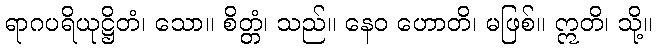
ရာဂပရိယုဋ္ဌိတံ၊ သော။ စိတ္တံ၊ သည်။ နေဝ ဟောတိ၊ မဖြစ်။ ဣတိ၊ သို့။